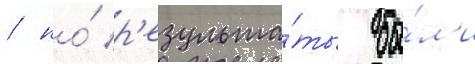
/ но́ р'езульта́ты бы́л'и